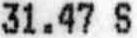
31.47 S